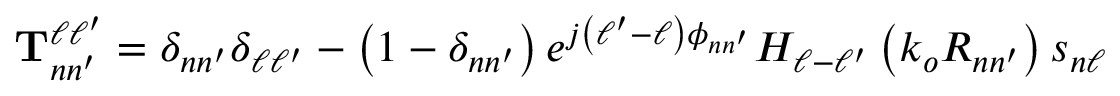
\mathbf { T } _ { n n ^ { \prime } } ^ { \ell \ell ^ { \prime } } = \delta _ { n n ^ { \prime } } \delta _ { \ell \ell ^ { \prime } } - \left( 1 - \delta _ { n n ^ { \prime } } \right) e ^ { j \left( \ell ^ { \prime } - \ell \right) \phi _ { n n ^ { \prime } } } H _ { \ell - \ell ^ { \prime } } \left( k _ { o } R _ { n n ^ { \prime } } \right) s _ { n \ell }